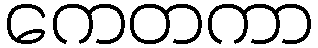
ကေတကာ